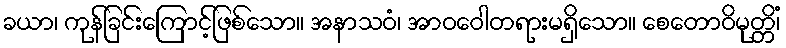
ခယာ၊ ကုန်ခြင်းကြောင့်ဖြစ်သော။ အနာသဝံ၊ အာဝဝေါတရားမရှိသော။ စေတောဝိမုတ္တိံ၊